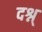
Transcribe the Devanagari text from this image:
दश्न्